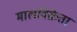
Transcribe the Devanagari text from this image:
मालविक्रेता